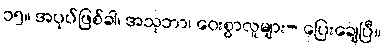
၁၅။ အပုပ်ဖြစ်ခါ၊ အသုဘာ၊ ဝေးစွာလူများ- ပြေးချေပြီ။